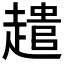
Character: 𮚾